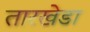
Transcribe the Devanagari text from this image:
तारखेडा